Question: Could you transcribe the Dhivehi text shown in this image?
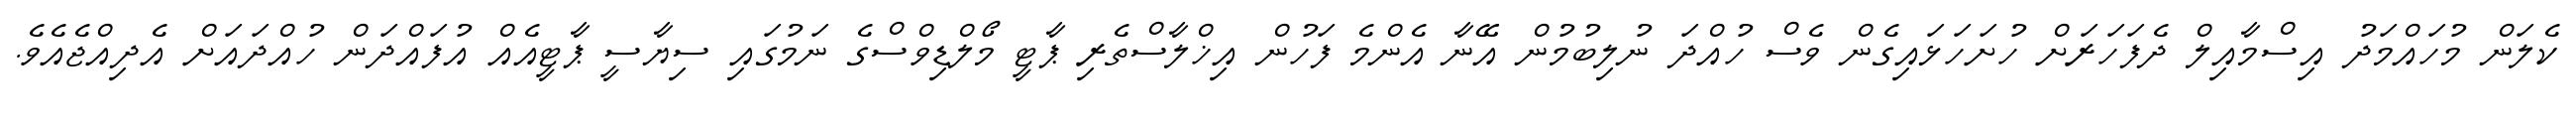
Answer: ކެލަން މުހައްމަދު އިސްމާއިލް ދެފަހަރަށް ހުށަހަޅައިގެން ވެސް ހުއްދަ ނުލިބުމުން އޭނާ އެންމެ ފަހުން އިޚްލާސްތެރި ޕާޓީ މޯލްޑިވްސްގެ ނަމުގައި ސިޔާސީ ޕާޓީއެއް އުފައްދަން ހުއްދައަށް އެދިއްޖެއެވެ.